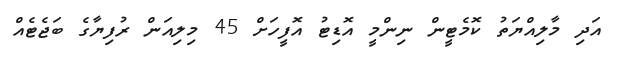
އަދި މާލިއްޔަތު ކޮމެޓީން ނިންމީ އޮޑިޓު އޮފީހަށް 45 މިލިއަން ރުފިޔާގެ ބަޖެޓެއް